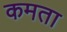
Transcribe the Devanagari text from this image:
कमता